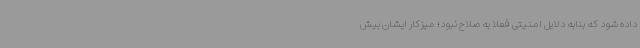
داده شود که بنابه دلایل امنیتی فعلا به صلاح نبود؛ میزکار ایشان بیش